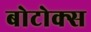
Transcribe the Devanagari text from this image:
बोटोक्स